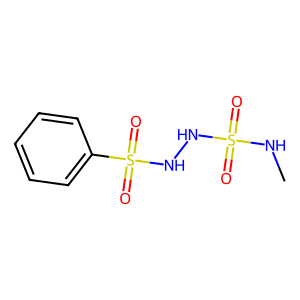
SMILES: CNS(=O)(=O)NNS(=O)(=O)c1ccccc1
Inhibits HIV replication: No